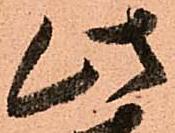
此